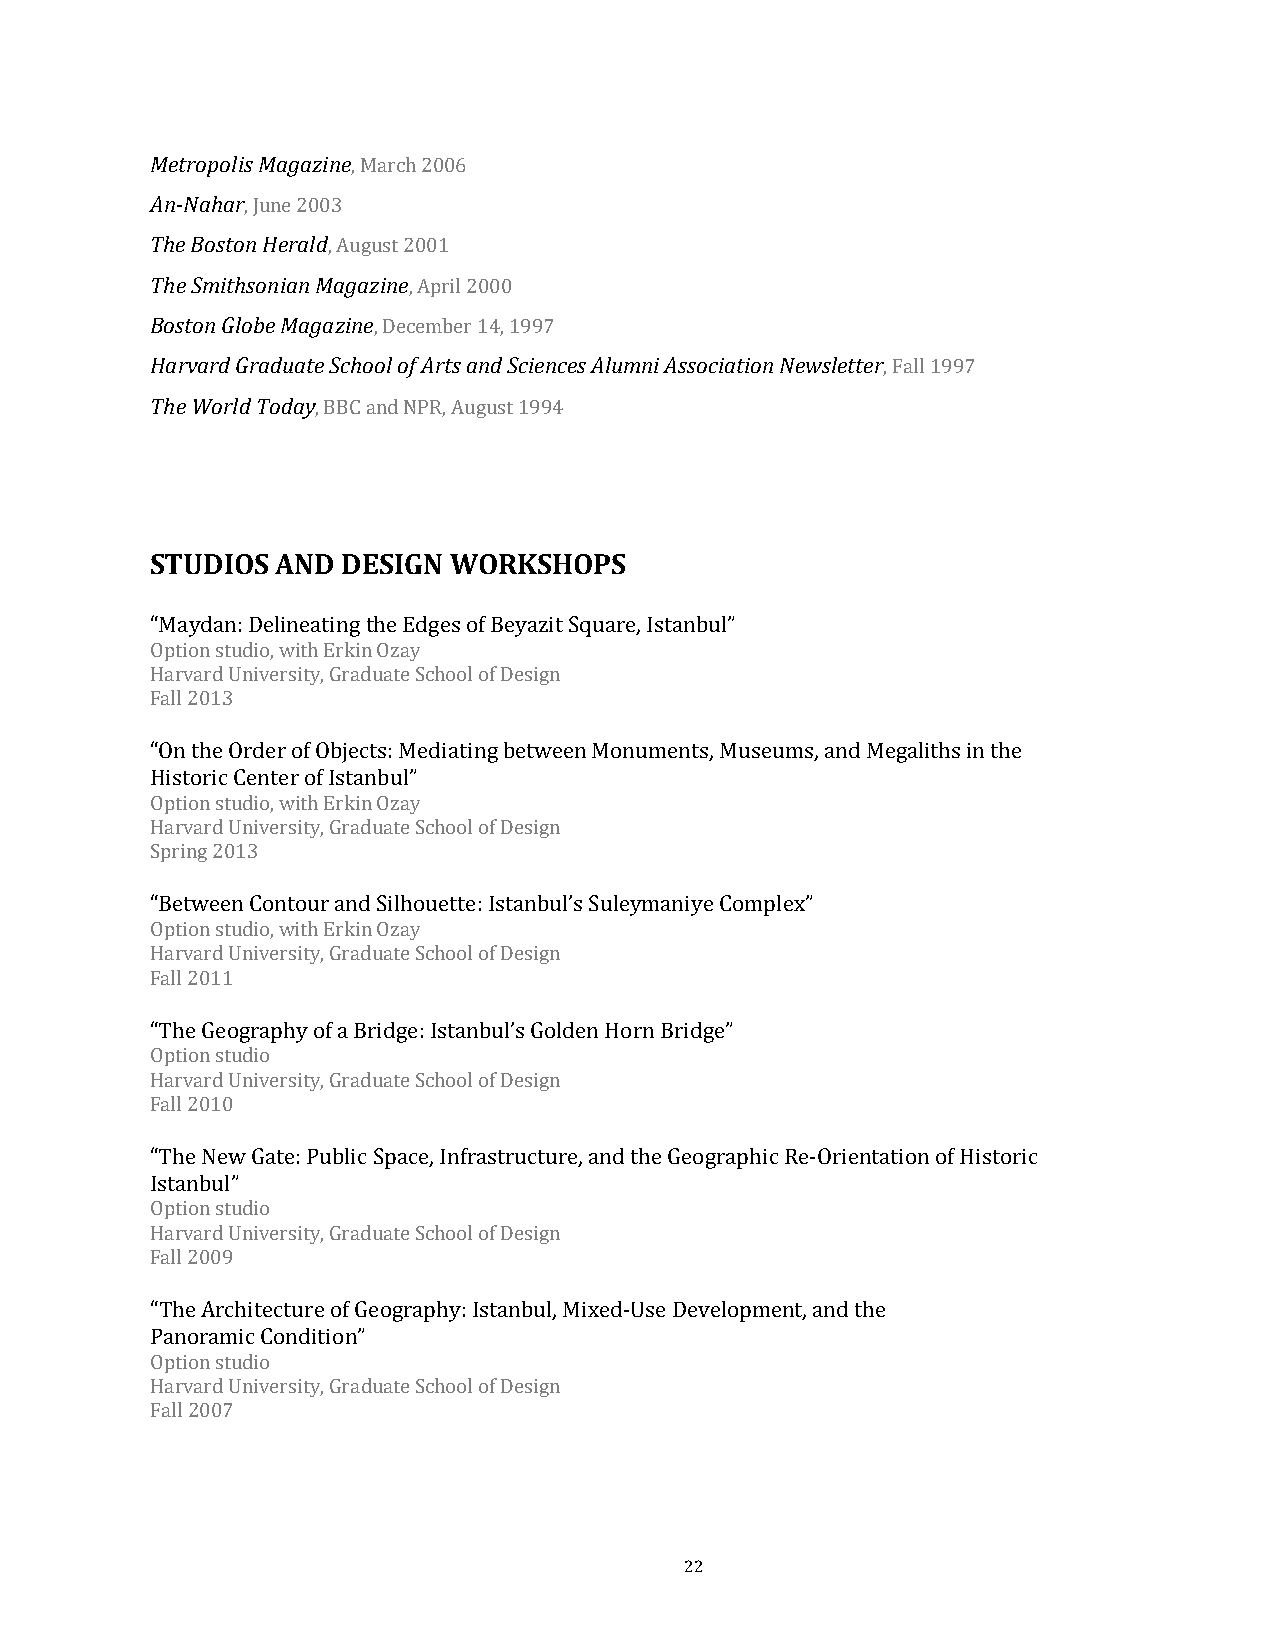
Metropolis Magazine
 An-Nahar
 , March 2006
 The Boston Herald
 , June 2003
 The Smithsonian Magazine
 , August 2001
 Boston Globe Magazine
 , April 2000
 Harvard Graduate School of Arts and Sciences Alumni Association Newsletter
 , December 14, 1997
 The World Today
 , Fall 1997
 , BBC and NPR, August 1994
 STUDIOS AND  DESIGN WORKSHOPS
 “Maydan: Delineating the Edges of Beyazit Square, Istanbul”
 Option studio, with Erkin Ozay
 H arvard University, Graduate School of Design
 Fall 2013
 “On the Order of Objects: Mediating between Monuments, Museums, and Megaliths in the
 Historic Center of Istanbul”
 Option studio, with Erkin Ozay
 Harvard University, Graduate School of Design
 Spring 2013
 “Between Contour and Silhouette: Istanbul’s Suleymaniye Complex”
 Option studio, with Erkin Ozay
 H arvard University, Graduate School of Design
 Fall 2011
 “The Geography of a Bridge: Istanbul’s Golden Horn Bridge”
 Option studio
 H arvard University, Graduate School of Design
 Fall 2010
 “The New Gate: Public Space, Infrastructure, and the Geographic Re-Orientation of Historic
 Istanbul”
 Option studio
 H arvard University, Graduate School of Design
 Fall 2009
 “The Architecture of Geography: Istanbul, Mixed-Use Development, and the
 Panoramic Condition”
 Option studio
 Harvard University, Graduate School of Design
 Fall 2007
 22